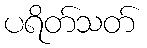
ပရိတ်သတ်